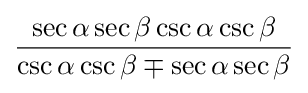
{\frac {\sec \alpha \sec \beta \csc \alpha \csc \beta }{\csc \alpha \csc \beta \mp \sec \alpha \sec \beta }}